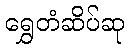
ရွှေတံဆိပ်ဆု